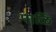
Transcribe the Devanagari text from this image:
पाळि